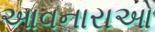
આવનારાઓ